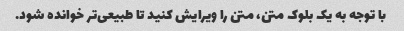
با توجه به یک بلوک متن، متن را ویرایش کنید تا طبیعی‌تر خوانده شود.